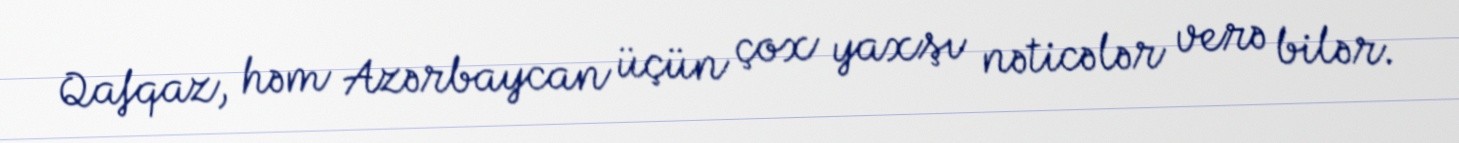
Qafqaz, həm Azərbaycan üçün çox yaxşı nəticələr verə bilər.